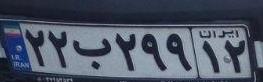
۲۲ب۲۹۹۱۲